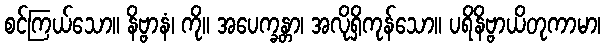
စင်ကြယ်သော။ နိဗ္ဗာနံ၊ ကို။ အပေက္ခန္တာ၊ အလိုရှိကုန်သော။ ပရိနိဗ္ဗာယိတုကာမာ၊